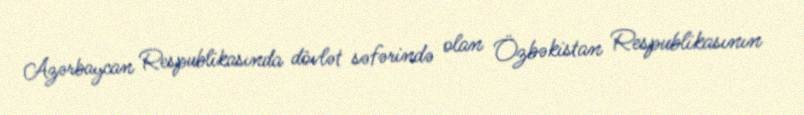
Azərbaycan Respublikasında dövlət səfərində olan Özbəkistan Respublikasının